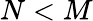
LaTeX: N<M